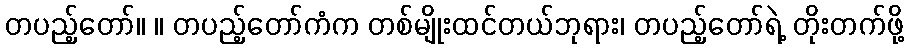
တပည့်တော်။ ။ တပည့်တော်ကံက တစ်မျိုးထင်တယ်ဘုရား၊ တပည့်တော်ရဲ့ တိုးတက်ဖို့